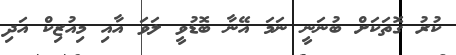
ކުރު ގޮތަކަށް ބުނަނީ ނަމަ އޭނާ ބޮޑުވީ ލަވަ އާއި މިއުޒިކް އަދި